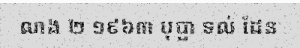
លាង ២ ១៩៦៣ បុប្ផា ទល់ ដែន